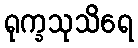
ရုက္ခသုသိရေ